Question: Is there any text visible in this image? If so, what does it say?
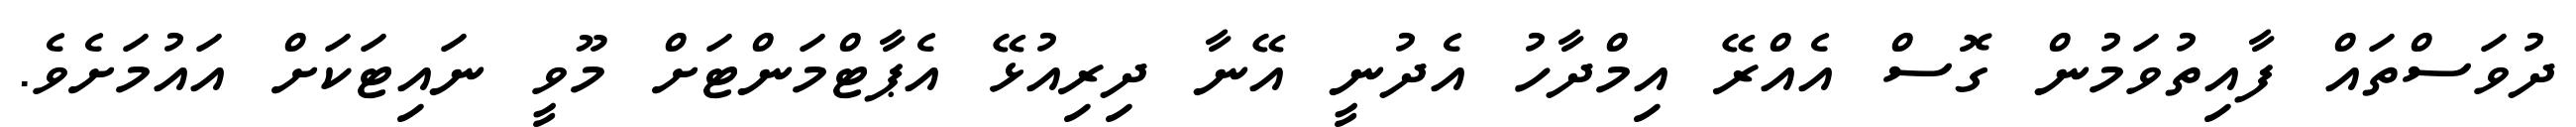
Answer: ދުވަސްތައް ފާއިތުވަމުން ގޮސް އެއްރޭ އިމްދާހު އެދުނީ އޭނާ ދިރިއުޅޭ އެޕާޓްމަންޓަށް މޫވީ ނައިޓަކަށް އައުމަށެވެ.